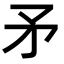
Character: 矛